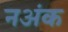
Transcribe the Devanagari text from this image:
नअंक